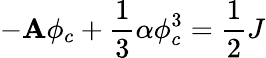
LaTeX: -{\cal\mathbf{A}}\phi_{c}+\frac{{1}}{{3}}\alpha\phi_{c}^{3}=\frac{{1}}{{2}}J